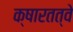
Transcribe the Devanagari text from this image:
क्षारतत्वे